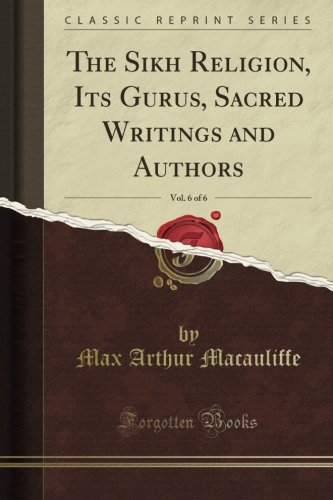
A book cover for The Sikh Religion, Its Gurus, Sacred Writings and Authors, Vol. 6 of 6 (Classic Reprint); Max Arthur Macauliffe; Religion & Spirituality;